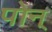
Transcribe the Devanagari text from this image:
पोन्